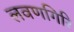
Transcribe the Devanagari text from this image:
लवणगिरि